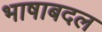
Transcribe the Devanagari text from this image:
भाषाबदल